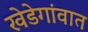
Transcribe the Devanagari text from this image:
खेडेगांवात